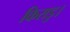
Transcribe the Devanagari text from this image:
किराडु।